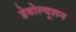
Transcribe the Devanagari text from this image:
डेवोल्यूशन